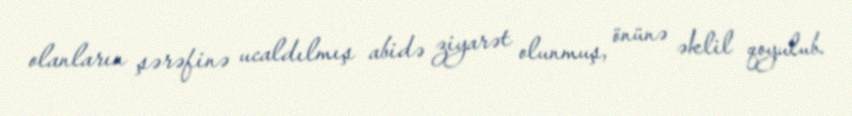
olanların şərəfinə ucaldılmış abidə ziyarət olunmuş, önünə əklil qoyulub.